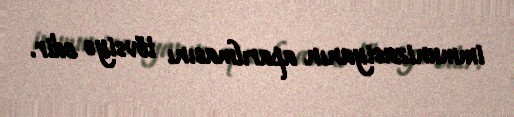
immunizasiyanın aparılmasını tövsiyə edir.